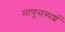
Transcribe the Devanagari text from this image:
माणूसस्पर्श